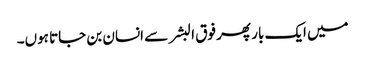
میں ایک بار پھر فوق البشر سے انسان بن جاتا ہوں۔